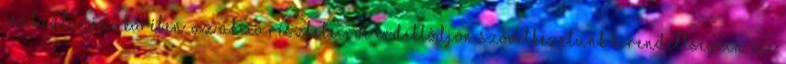
családtagjai körében. Az akció részleteirõl érdeklõdjön szövetkezetünk kirendeltségein. Az